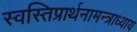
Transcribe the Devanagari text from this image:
स्वस्तिप्रार्थनामन्त्राध्याय